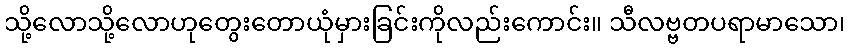
သို့လောသို့လောဟုတွေးတောယုံမှားခြင်းကိုလည်းကောင်း။ သီလဗ္ဗတပရာမာသော၊